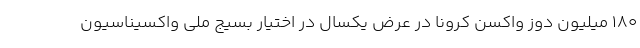
۱۸۰ میلیون دوز واکسن کرونا در عرض یکسال در اختیار بسیج ملی واکسیناسیون